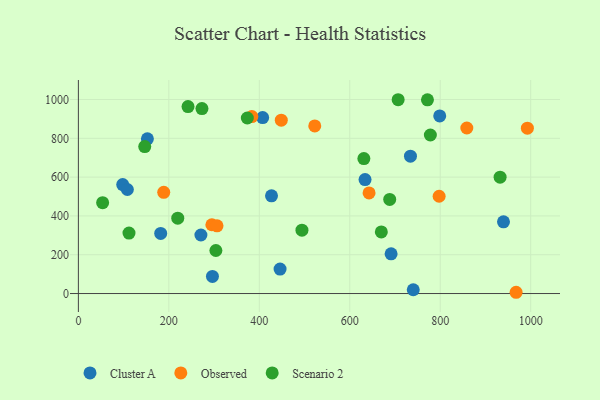
{"axis": {"x": "Distance", "y": "Rating"}, "legend": ["Cluster A", "Observed", "Scenario 2"], "data": [{"x": "427.0", "y": 503.5, "type": "Cluster A"}, {"x": "734.2", "y": 707.9, "type": "Cluster A"}, {"x": "740.4", "y": 19.4, "type": "Cluster A"}, {"x": "407.4", "y": 906.8, "type": "Cluster A"}, {"x": "939.9", "y": 369.8, "type": "Cluster A"}, {"x": "445.9", "y": 126.3, "type": "Cluster A"}, {"x": "798.9", "y": 915.3, "type": "Cluster A"}, {"x": "691.4", "y": 204.6, "type": "Cluster A"}, {"x": "270.9", "y": 301.8, "type": "Cluster A"}, {"x": "98.0", "y": 561.6, "type": "Cluster A"}, {"x": "108.3", "y": 536.2, "type": "Cluster A"}, {"x": "182.0", "y": 310.0, "type": "Cluster A"}, {"x": "296.4", "y": 88.0, "type": "Cluster A"}, {"x": "152.6", "y": 797.6, "type": "Cluster A"}, {"x": "633.8", "y": 587.1, "type": "Cluster A"}, {"x": "448.6", "y": 893.4, "type": "Observed"}, {"x": "858.8", "y": 853.1, "type": "Observed"}, {"x": "797.6", "y": 501.4, "type": "Observed"}, {"x": "295.1", "y": 354.4, "type": "Observed"}, {"x": "522.6", "y": 863.7, "type": "Observed"}, {"x": "188.7", "y": 521.5, "type": "Observed"}, {"x": "642.7", "y": 518.7, "type": "Observed"}, {"x": "967.8", "y": 6.5, "type": "Observed"}, {"x": "992.7", "y": 852.5, "type": "Observed"}, {"x": "306.5", "y": 349.2, "type": "Observed"}, {"x": "383.5", "y": 911.9, "type": "Observed"}, {"x": "707.0", "y": 998.9, "type": "Scenario 2"}, {"x": "111.9", "y": 311.8, "type": "Scenario 2"}, {"x": "669.8", "y": 317.3, "type": "Scenario 2"}, {"x": "688.3", "y": 485.0, "type": "Scenario 2"}, {"x": "932.4", "y": 599.9, "type": "Scenario 2"}, {"x": "219.7", "y": 388.6, "type": "Scenario 2"}, {"x": "273.2", "y": 953.2, "type": "Scenario 2"}, {"x": "631.2", "y": 695.8, "type": "Scenario 2"}, {"x": "771.8", "y": 998.6, "type": "Scenario 2"}, {"x": "242.4", "y": 963.7, "type": "Scenario 2"}, {"x": "494.3", "y": 326.7, "type": "Scenario 2"}, {"x": "304.0", "y": 221.8, "type": "Scenario 2"}, {"x": "53.6", "y": 468.4, "type": "Scenario 2"}, {"x": "146.7", "y": 757.2, "type": "Scenario 2"}, {"x": "778.2", "y": 817.2, "type": "Scenario 2"}, {"x": "373.5", "y": 904.8, "type": "Scenario 2"}]}